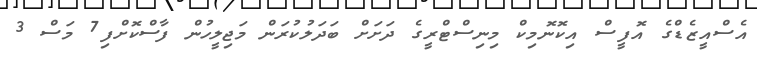
އެސްއީޒެޑްގެ އޮފީސް އިކޮނޮމިކް މިނިސްޓްރީގެ ދަށަށް ބަދަލުކުރަން މަޖިލީހުން ފާސްކޮށްފި7 މަސް 3